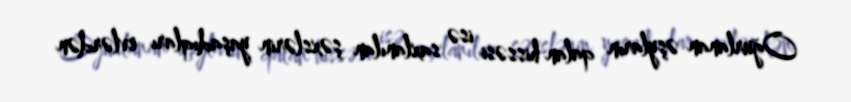
Oğurlanan əşyların qalan hissəsi isə saxlanılan şəxslərin yaşadıqları evlərdən